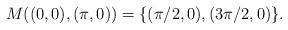
LaTeX: \begin{align*}M((0, 0), (\pi, 0)) = \{ (\pi/2, 0), (3\pi/2, 0) \}.\end{align*}